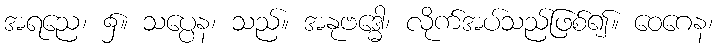
အရညေ၊ ၌။ သပ္ပေန၊ သည်။ အနုဗဒ္ဓေါ၊ လိုက်အပ်သည်ဖြစ်၍။ ဝေဂေန၊